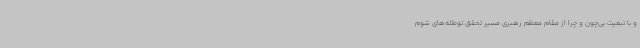
و با تبعیت بی‌چون و چرا از مقام معظم رهبری مسیر تحقق توطئه‌های شوم